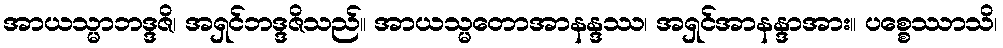
အာယသ္မာဘဒ္ဒဇိ၊ အရှင်ဘဒ္ဒဇိသည်။ အာယသ္မတောအာနန္ဒဿ၊ အရှင်အာနန္ဒာအား။ ပစ္စေဿာသိ၊